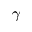
\gamma